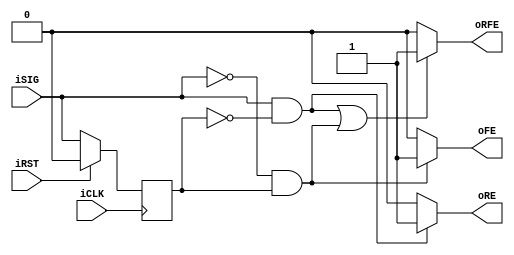
// Single bit edge detector
// - Does not synchronize an asynchronous input
// - Outputs a single clock pulse at the rising and falling edges
// - Rising edge pulse is coincident with the rising edge of iSIG
// - Falling edge pulse is 1 clock after falling edge of iSIG
// - Output "oRFE" is "Rising AND Falling Edge" detector.
//   Pulses on both edges, with same timing as rising and falling
//   edge outputs

// Instantiation Template:
// edgedetect # (.registered("TRUE")) edgedetect_inst (.iCLK(), .iRST(), .iSIG(), .oRE(), .oFE(), oRFE());

`timescale 1ns/1ns

module edgedetect (
    input iCLK      ,
    input iRST      ,
    input iSIG      ,
    output wire oRE ,
    output wire oFE ,
    output wire oRFE
);

parameter registered = "FALSE";

reg delay;

wire re;
wire fe;
wire rfe;


always @(posedge iCLK)
begin
    if (iRST)
    begin
        delay <= 1'b0;
    end
    else
    begin
        delay <= iSIG;
    end
end


// Edge detect logic
assign re   = (iSIG && !delay) ? 1'b1 : 1'b0;
assign fe   = (!iSIG && delay) ? 1'b1 : 1'b0;
assign rfe  = ((iSIG && !delay) || (!iSIG && delay)) ? 1'b1 : 1'b0;


// Register edge detect pulses
reg re_reg, fe_reg, rfe_reg;
always @(posedge iCLK)
begin
    if (iRST)
    begin
        re_reg     <= 1'b0;
        fe_reg     <= 1'b0;
        rfe_reg    <= 1'b0;
    end
    else
    begin
        re_reg     <= re;
        fe_reg     <= fe;
        rfe_reg    <= rfe;
    end
end


// MUX either the combination or registered edge detect pulses to the outputs
assign oRE =    (registered == "TRUE") ? re_reg  : re ;
assign oFE =    (registered == "TRUE") ? fe_reg  : fe ;
assign oRFE =   (registered == "TRUE") ? rfe_reg : rfe;


endmodule